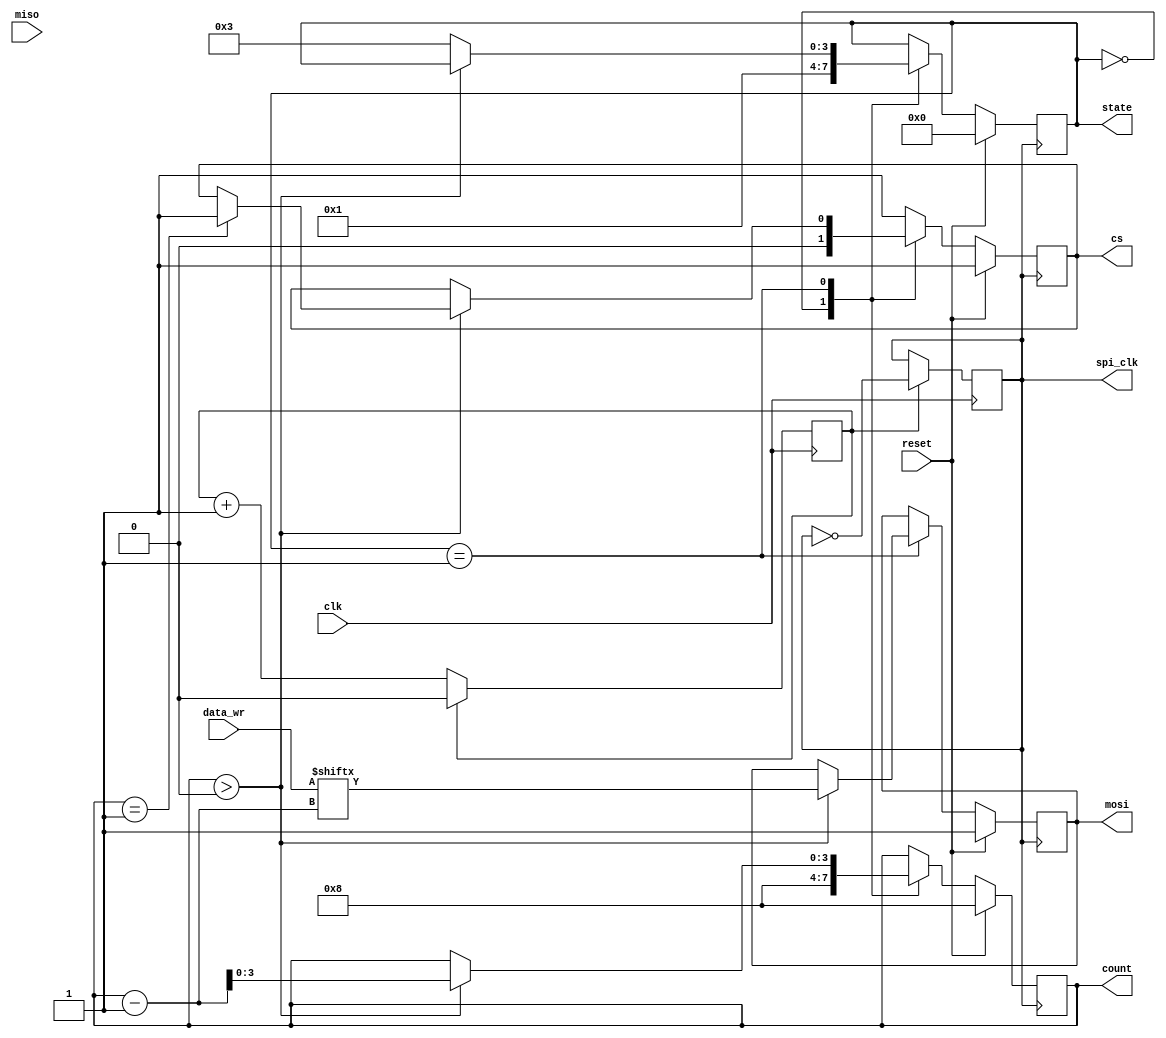
//`timescale 1ns / 1ps
//////////////////////////////////////////////////////////////////////////////////
// Company: FPGA PROJECT
// 
// Design Name: 	SPI Master
// Module Name:		spi-master 
// Project Name: 	SPI protocol
// Target Devices: Spartan 6 Evaluation Board
// Major Revision
// User		Date			Description
// Akhila	6/30/21		Initial Code
//////////////////////////////////////////////////////////////////////////////////
module spi_master_1(clk, spi_clk, reset, cs, miso, mosi, data_wr, state, count);
	input clk, reset;
	output reg spi_clk;
	output reg cs;
	output reg mosi;
	input miso;
	input [7:0]data_wr;
	output reg [3:0]state;

//when cs change from 1 to 0, indicates transmission to begin
//By default, miso and mosi are in High impedance state ==> Pull up
//spi_clk is derived from clk 
//spi_clk is slower than clk 
//transmission occur at the rate of spi_clk
//Here only MOSI is handled as master is outputting the data

/*
Polarity = 0, Phase = 0
Data is output on +ve edge of SPICLK 
Input data is latched on falling edge of SPICLK
*/

//Define intermediate signals
	localparam DIVIDE_BY = 4;
	reg counter2 = 0;
	output reg [3:0]count;
	
	localparam START = 0;
	localparam WRITE = 1;
	localparam WRITE_DATA = 2;
	localparam ACK = 3;

//SPI clk	
	initial spi_clk = 0;

	always @(posedge clk) begin
		if (counter2 == (DIVIDE_BY/2) - 1) begin
			spi_clk <= ~spi_clk;
			counter2 <= 0;
		end
		else counter2 <= counter2 + 1;
	end 

//state machine

	always @ (posedge spi_clk)
	begin
	if (reset == 1)
	begin
		state <= START;
		cs <= 1;
		count <= 8;
		//miso <= 8'b11111111;
		mosi <= 1;
	end
	
	else
	case(state)
	START:begin
			cs <=0 ; //Can start
			count <= 8;
			state <= WRITE;
	end
	WRITE:begin				
			if (count>0) //>=0 will cause Count to reset to 7		
			begin		
				if (count == 4'd1)
				begin
				cs <= 1;
				end
				mosi <= data_wr[count-1];
				count <= count - 1;
			end

			else
			begin
			state <= ACK;	
//			cs <= 1;
			end
			end
//	WRITE_DATA: begin		//This extra state will cause for extra clock cycle consumption		
//				mosi <= data_wr[count-1];
//				count <= count - 1;
//				state <= WRITE;					
//				end
	ACK:begin				
			cs <= 1;//Transaction Completed		
		 end
	default:begin
			cs <= 1; //Default Value
			end
	endcase
	end
	
endmodule